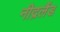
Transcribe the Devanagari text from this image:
नीद्रलैंड